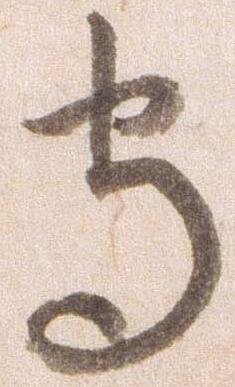
守